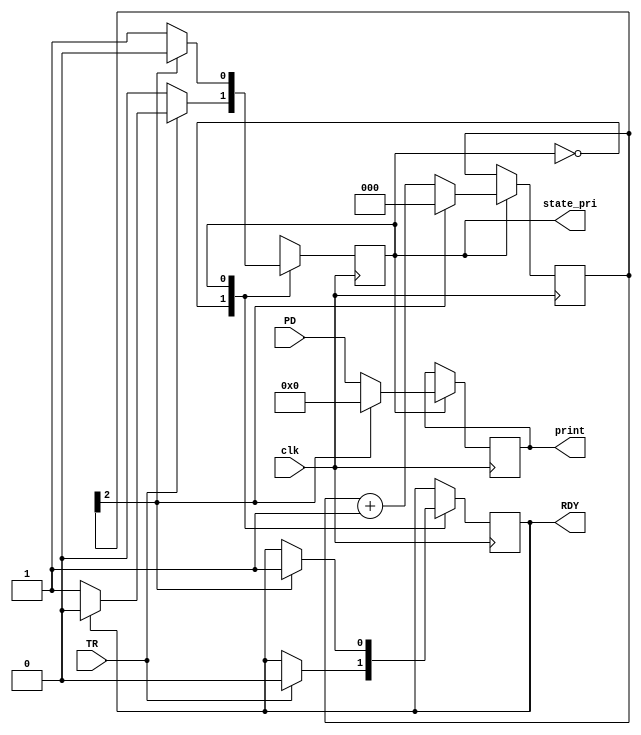
`timescale 1ns / 1ps
//////////////////////////////////////////////////////////////////////////////////
// Company: 
// Engineer: 
// 
// Design Name: 
// Module Name: printer
// Project Name: 
// Target Devices: 
// Tool Versions: 
// Description: 
// 
// Dependencies: 
// 
// Revision:
// Revision 0.01 - File Created
// Additional Comments:
// 
//////////////////////////////////////////////////////////////////////////////////


module printer(
    input clk,
    output RDY,
    input TR,
    input [7:0] PD,
    output [7:0] print,
    output state_pri
    );
    
    parameter idle=0, busy=1;
    integer i=0;
    reg state=idle;
    reg rRDY=1;
    reg preTR=0;
    reg [7:0]rprint=0;
    reg [2:0]count=0;
    
    assign RDY=rRDY;
    assign print=rprint;
    assign state_pri=state;
    
    always@(posedge clk)
    begin
        case(state)
            idle:begin
                if(TR) begin                 
                    rRDY <= 0;
                    if(rRDY==0) state <= busy;
                    else state <= idle;
                end
                else state <= idle;
            end
            busy:begin                
                if(count[2]==1) begin       
                    rRDY <= 1;
                    rprint <= 0;
                    count <= 0;
                    state <= idle;
                end
                else begin
                    rprint <= PD;                    
                    count <= count + 1;
                    state <= busy;
                end
            end
        endcase
    end
    
endmodule